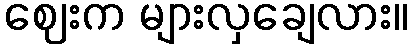
ဈေးက များလှချေလား။